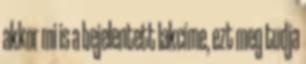
akkor mi is a bejelentett lakcíme, ezt meg tudja